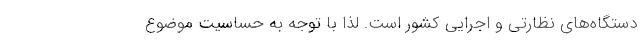
دستگاه‌های نظارتی و اجرایی کشور است. لذا با توجه به حساسیت موضوع